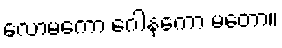
လောမကော ဂေါနကော မတော။